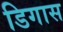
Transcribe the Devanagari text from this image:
डिगास